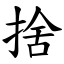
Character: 捨